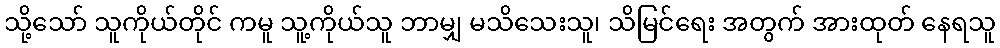
သို့သော် သူကိုယ်တိုင် ကမူ သူ့ကိုယ်သူ ဘာမျှ မသိသေးသူ၊ သိမြင်ရေး အတွက် အားထုတ် နေရသူ